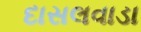
દાસલવાડા